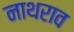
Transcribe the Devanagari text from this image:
नाथराव